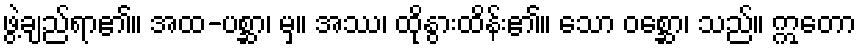
ဖွဲ့ချည်ရာ၏။ အထ-ပစ္ဆာ၊ မှ။ အဿ၊ ထိုနွားထိန်း၏။ သော ဝစ္ဆော၊ သည်။ ဣတော